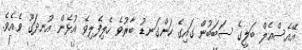
އޭއެސްއެލް ބަލީގެ ސަބަބުން ގައިގެ ހަންގަނޑު ބާރުވެ ހެލިފެލިވެ އުޅެން އުނދަގޫ ވެއެވެ.